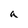
Character: a